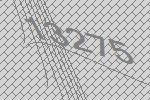
13275